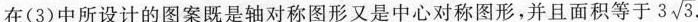
在(3)中所设计的图案既是轴对称图形又是中心对称图形，并且面积等于3 \sqrt{3}.